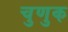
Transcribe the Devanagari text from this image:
चुणुक